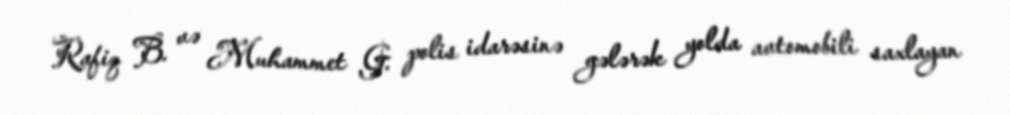
Rafiq B. və Muhammet G. polis idarəsinə gələrək yolda avtomobili saxlayan